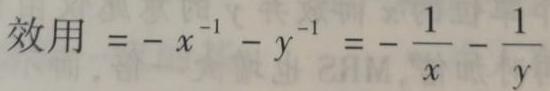
效用 $= - x^{-1} - y^{-1} = - \frac{1}{x} - \frac{1}{y}$